Plague in India, 1896, 1897 - Volume 3
Year: 1896
Disease focus: Plague
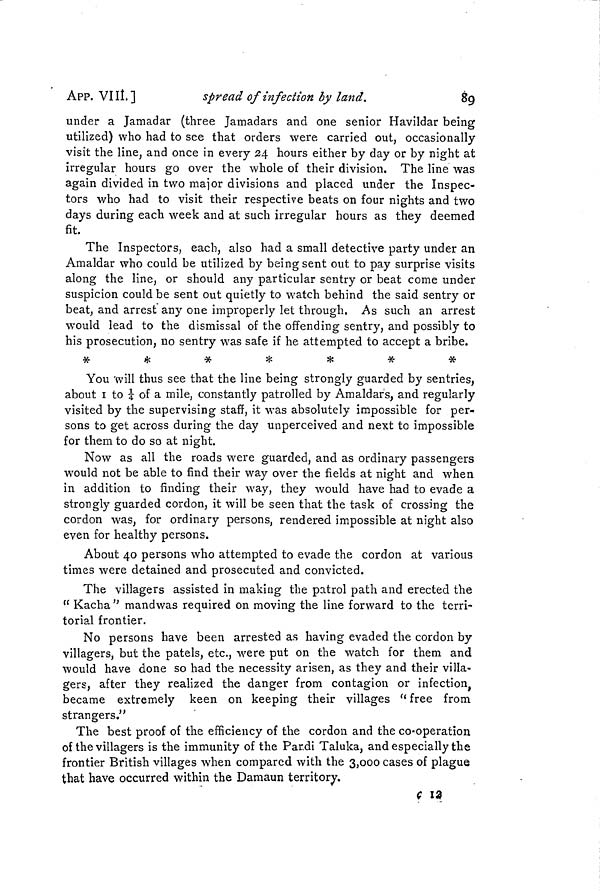
APP. VIII.]
spread of infection by land.
89
under a Jamadar (three Jamadars and one senior Havildar being
utilized) who had to see that orders were carried out, occasionally
visit the line, and once in every 24 hours either by day or by night at
irregular hours go over the whole of their division. The line was
again divided in two major divisions and placed under the Inspec-
tors who had to visit their respective beats on four nights and two
days during each week and at such irregular hours as they deemed
fit.
The Inspectors, each, also had a small detective party under an
Amaldar who could be utilized by being sent out to pay surprise visits
along the line, or should any particular sentry or beat come under
suspicion could be sent out quietly to watch behind the said sentry or
beat, and arrest any one improperly let through, As such an arrest
would lead to the dismissal of the offending sentry, and possibly to
his prosecution, no sentry was safe if he attempted to accept a bribe.
*
*
*
*
*
*
*
You will thus see that the line being strongly guarded by sentries,
about 1 to 1/4 of a mile, constantly patrolled by Amaldar's, and regularly
visited by the supervising staff, it was absolutely impossible for per-
sons to get across during the day unperceived and next to impossible
for them to do so at night.
Now as all the roads were guarded, and as ordinary passengers
would not be able to find their way over the fields at night and when
in addition to finding their way, they would have had to evade a
strongly guarded cordon, it will be seen that the task of crossing the
cordon was, for ordinary persons, rendered impossible at night also
even for healthy persons.
About 40 persons who attempted to evade the cordon at various
times were detained and prosecuted and convicted.
The villagers assisted in making the patrol path and erected the
" Kacha " mandwas required on moving the line forward to the terri-
torial frontier.
No persons have been arrested as having evaded the cordon by
villagers, but the patels, etc., were put on the watch for them and
would have done so had the necessity arisen, as they and their villa-
gers, after they realized the danger from contagion or infection,
became extremely keen on keeping their villages " free from
strangers."
The best proof of the efficiency of the cordon and the co-operation
of the villagers is the immunity of the Pardi Taluka, and especially the
frontier British villages when compared with the 3,000 cases of plague
that have occurred within the Damaun territory.
ç 12